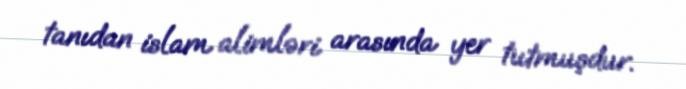
tanıdan islam alimləri arasında yer tutmuşdur.